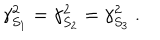
\gamma _ { S _ { 1 } } ^ { 2 } = \gamma _ { S _ { 2 } } ^ { 2 } = \gamma _ { S _ { 3 } } ^ { 2 } ~ .